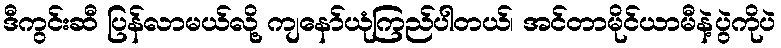
ဒီကွင်းဆီ ပြန်လာမယ်လို့ ကျနော်ယုံကြည်ပါတယ်၊ အင်တာမိုင်ယာမီနဲ့ပွဲကိုပဲ